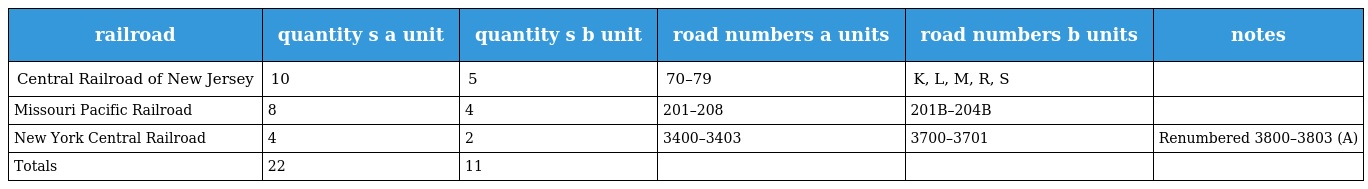
| railroad | quantity s a unit | quantity s b unit | road numbers a units | road numbers b units | notes |
 | --- | --- | --- | --- | --- | --- |
 | Central Railroad of New Jersey | 10 | 5 | 70–79 | K, L, M, R, S |  |
 | Missouri Pacific Railroad | 8 | 4 | 201–208 | 201B–204B |  |
 | New York Central Railroad | 4 | 2 | 3400–3403 | 3700–3701 | Renumbered 3800–3803 (A) |
 | Totals | 22 | 11 |  |  |  |